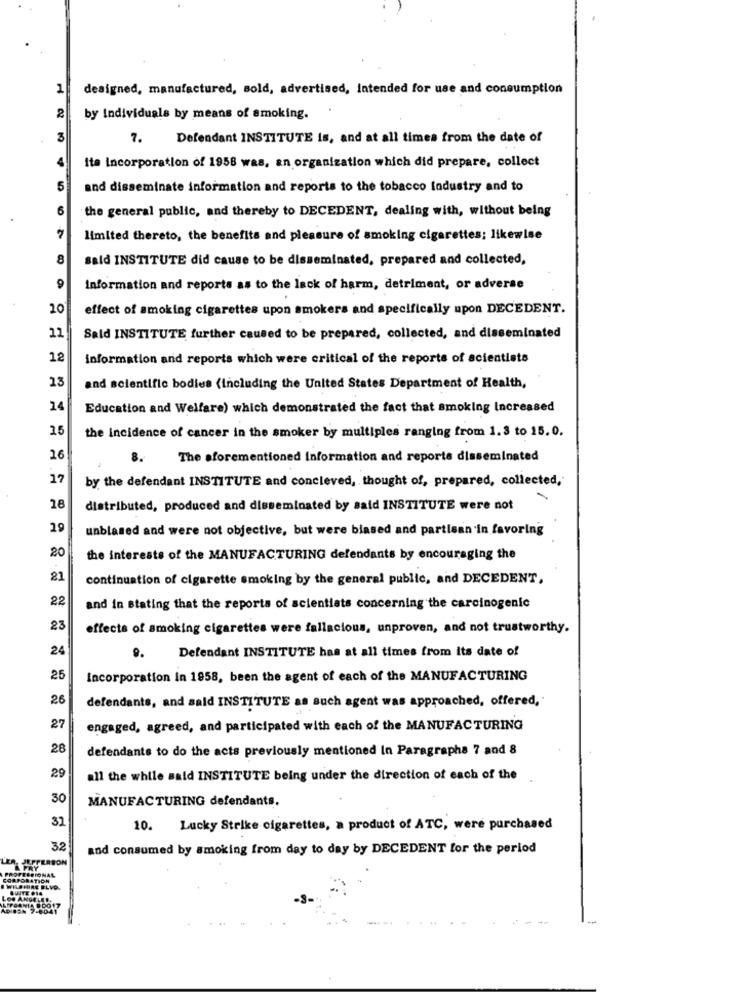
1
designed, manufactured, sold, advertised, Intended for use and consumption
by Individuals by means of smoking.
7.
Defendant INSTITUTE is, and at all times from the date of
Ita Incorporation of 1958 was, an organization which did prepare, collect
5
and disseminate information and reports to the tobacco industry and to
the general public, and thereby to DECEDENT, dealing with, without being
limited thereto, the benefits and pleasure of smoking cigarettes; likewise
62
8
said INSTITUTE did cause to be disseminated, prepared and collected,
9
Information and reports as to the lack of harm, detriment, or adverse
20
effect of smoking cigarettes upon smokers and specifically upon DECEDENT.
11
Sald INSTITUTE further caused to be prepared, collected, and disseminated
12
information and reports which were critical of the reports of scientists
13
and scientific bodies (including the United States Department of Health,
14
Education and Welfare) which demonstrated the fact that smoking Increased
15
the incidence of cancer in the smoker by multiples ranging from 1.3 to 15.0.
16
8.
The aforementioned Information and reports disseminated
17
by the defendant INSTITUTE and concleved, thought of, prepared, collected,
18
distributed, produced and disseminated by said INSTITUTE were not
19
unblased and were not objective, but were biased and partisan in favoring
20
the interests of the MANUFACTURING defendants by encouraging the
21
continuation of cigarette smoking by the general public, and DECEDENT,
22
and in stating that the reports of scientists concerning the carcinogenic
23
effects of smoking cigarettes were fallacious, unproven, and not trustworthy.
24
9.
Defendant INSTITUTE has at all times from Its date of
25
Incorporation In 1958, been the agent of each of the MANUFACTURING
26
defendants, and said INSTITUTE as such agent was approached, offered,
27
engaged, agreed, and participated with each of the MANUFACTURING
28
defendants to do the acts previously mentioned In Paragraphs 7 and 8
29
all the while said INSTITUTE being under the direction of each of the
30
MANUFACTURING defendants.
31
10. Lucky Strike cigarettes, a product of ATC, were purchased
32
and consumed by smoking from day to day by DECEDENT for the period
ERSON
CIONAL